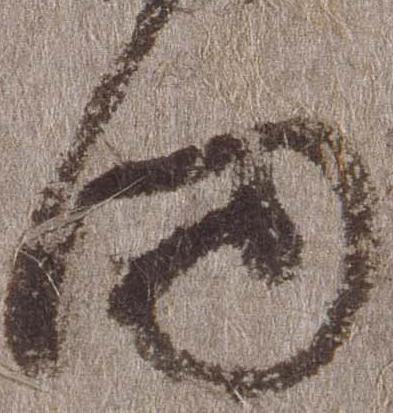
向